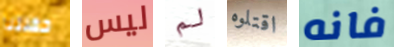
حفلتنا ليس لم اقتلوه فانه